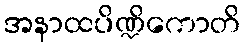
အနာထပိဏ္ဍိကောတိ